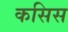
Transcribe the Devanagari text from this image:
कसिस